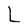
Character: L